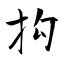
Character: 抅